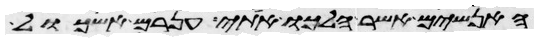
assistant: האנשים אשר הלכו אתי ענרם ואשכול